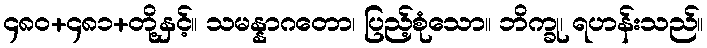
၄၈၀+၄၈၁+တို့နှင့်။ သမန္နာဂတော၊ ပြည့်စုံသော။ ဘိက္ခု၊ ရဟန်းသည်။